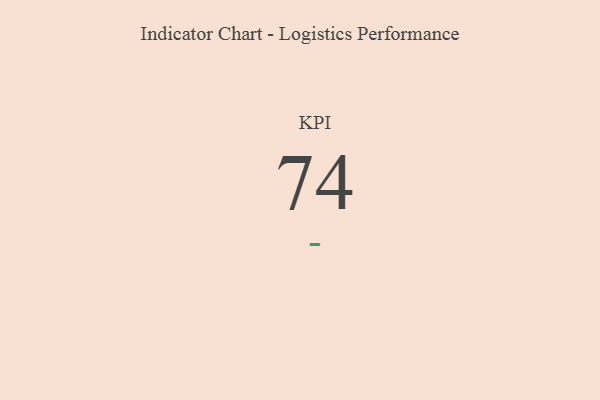
{"axis": {"x": "KPI", "y": "Value"}, "legend": [""], "data": [{"x": "KPI", "y": 74, "type": ""}]}